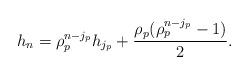
LaTeX: \begin{align*}h_{n} = \rho_p^{n-j_p} h_{j_p} + \frac{\rho_p(\rho_p^{n-j_p}-1)}{2} . \end{align*}